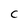
Character: C